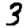
Digit: 3